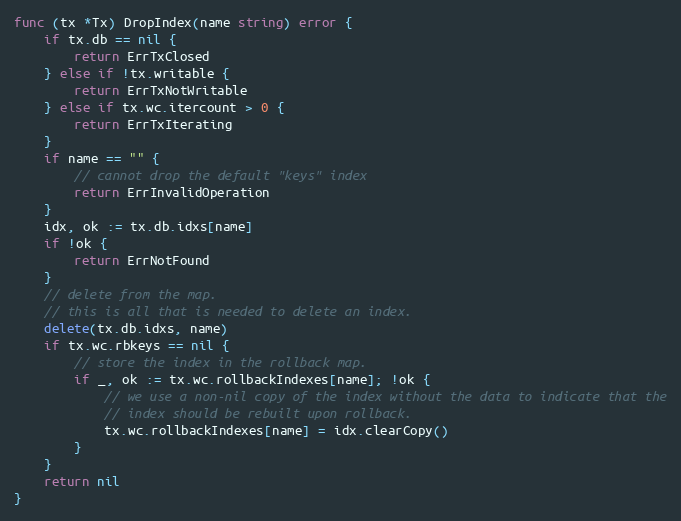
Language: Go
func (tx *Tx) DropIndex(name string) error {
	if tx.db == nil {
		return ErrTxClosed
	} else if !tx.writable {
		return ErrTxNotWritable
	} else if tx.wc.itercount > 0 {
		return ErrTxIterating
	}
	if name == "" {
		// cannot drop the default "keys" index
		return ErrInvalidOperation
	}
	idx, ok := tx.db.idxs[name]
	if !ok {
		return ErrNotFound
	}
	// delete from the map.
	// this is all that is needed to delete an index.
	delete(tx.db.idxs, name)
	if tx.wc.rbkeys == nil {
		// store the index in the rollback map.
		if _, ok := tx.wc.rollbackIndexes[name]; !ok {
			// we use a non-nil copy of the index without the data to indicate that the
			// index should be rebuilt upon rollback.
			tx.wc.rollbackIndexes[name] = idx.clearCopy()
		}
	}
	return nil
}